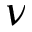
\nu